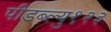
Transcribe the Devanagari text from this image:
पीडब्ल्यु१२३